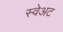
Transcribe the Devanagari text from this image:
स्वेअट